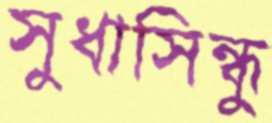
সুধাসিন্ধু